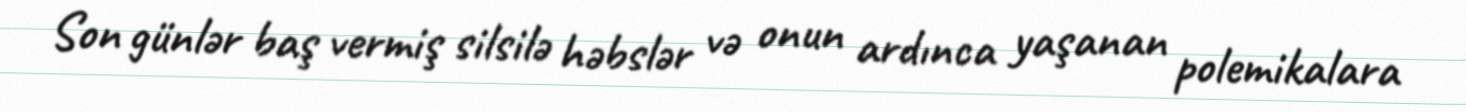
Son günlər baş vermiş silsilə həbslər və onun ardınca yaşanan polemikalara